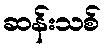
ဆန်းသစ်